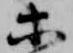
等